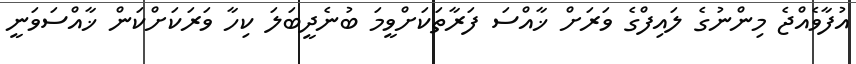
އުފާވެއްޖެ މިންނުގެ ލައިފްގެ ވަރަށް ޚާއްސަ ފަރާތަކަށްވީމަ ބުނެދީބަލަ ކިހާ ވަރަކަށްކަން ޚާއްސަވަނީ